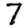
Digit: 7